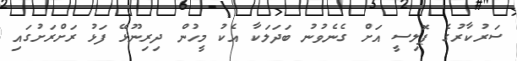
ސަރުކާރުގެ ޕޮލިސީ އަށް ގެނެވުނު ބަދަލަކާ އެކު މީހުން ދިރިނޫޅޭ ފަޅު ރަށްރަށުގައި